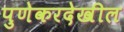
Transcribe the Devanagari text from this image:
पुणेकरदेखील